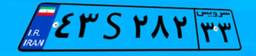
۷۳S۰۸۱۱۳